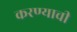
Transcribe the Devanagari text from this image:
करण्याची